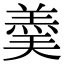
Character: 羮